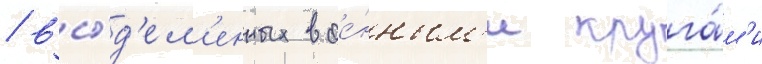
/ вы́д'ел'енных вое́нным'и круга́м'и